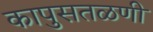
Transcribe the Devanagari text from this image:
कापुसतळणी